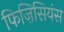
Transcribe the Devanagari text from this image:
फिज़िसियंस